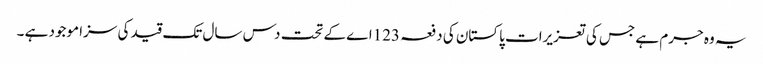
یہ وہ جرم ہے جس کی تعزیرات پاکستان کی دفعہ 123اے کے تحت دس سال تک قید کی سزا موجود ہے ۔